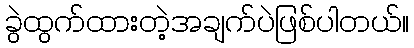
ခွဲထွက်ထားတဲ့အချက်ပဲဖြစ်ပါတယ်။